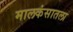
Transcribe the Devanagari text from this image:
मालकंसातला